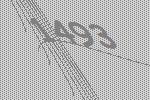
1493